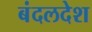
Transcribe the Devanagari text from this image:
बंदलदेश